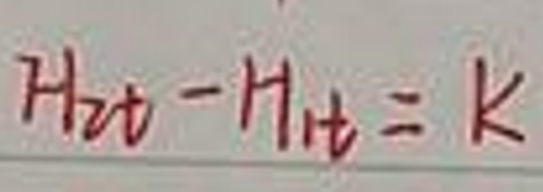
$H_{2t}-H_{1t}=k$